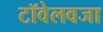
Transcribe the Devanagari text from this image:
टॉवेलवजा